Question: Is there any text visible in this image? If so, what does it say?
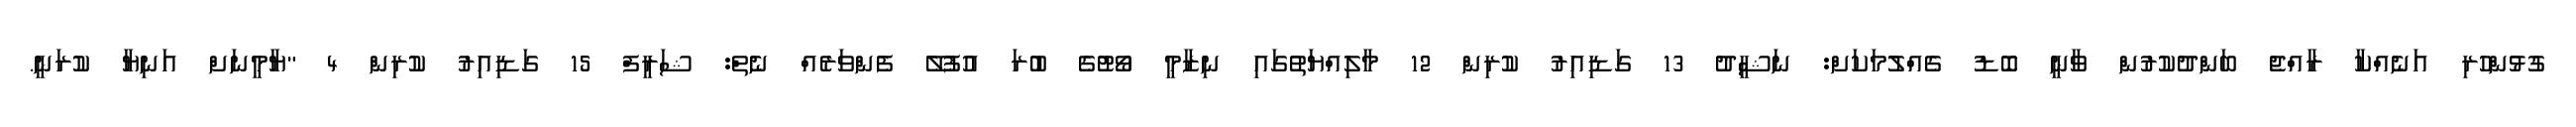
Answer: ގުޅުންހުރި އަނެއްކާ ރާއްޖެ ބަންދުކުރުން ވާނީ ބޮޑު ގެއްލުމަކަށް: ނަޝީދު 13 ގަޑިއިރު ކުރިން 12 މާލިއްޔަތުގައި ނިޒާމީ ވޯޓުގެ ބުރަ އުފުލޭ ފެންވަރެއް ނެތް: ޝަރީފް 15 ގަޑިއިރު ކުރިން 4 "ޔާމީނަށް އަނިޔާ ކުރަނީ.